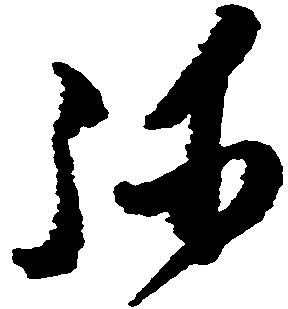
弥